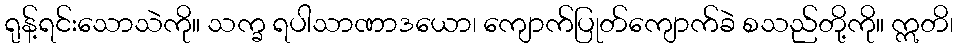
ရုန့်ရင်းသောသဲကို။ သက္ခ ရပါသာဏာဒယော၊ ကျောက်ပြုတ်ကျောက်ခဲ စသည်တို့ကို။ ဣတိ၊